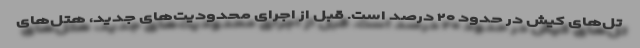
تل‌های کیش در حدود ۲۰ درصد است. قبل از اجرای محدودیت‌های جدید، هتل‌های